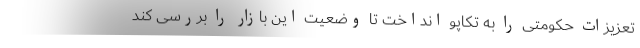
تعزیزات حکومتی را به تکاپو انداخت تا وضعیت این بازار را بررسی کند